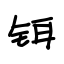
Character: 铒